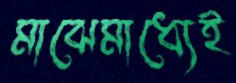
মাঝেমাধ্যেই